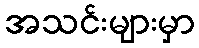
အသင်းများမှာ